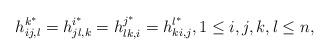
LaTeX: \begin{align*}h_{ij,l}^{k^{*}}=h_{jl,k}^{i^{*}}=h_{lk,i}^{j^{*}}=h_{ki,j}^{l^{*}}, 1\leq i,j,k,l\leq n,\end{align*}